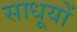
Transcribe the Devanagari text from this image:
साधूयों